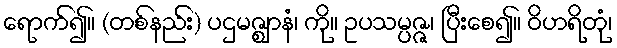
ရောက်၍။ (တစ်နည်း) ပဌမဇ္ဈာနံ၊ ကို။ ဥပသမ္ပဇ္ဇ၊ ပြီးစေ၍။ ဝိဟရိတုံ၊